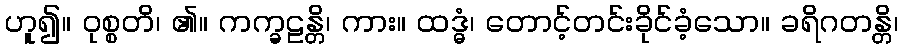
ဟူ၍။ ဝုစ္စတိ၊ ၏။ ကက္ခဠန္တိ၊ ကား။ ထဒ္ဓံ၊ တောင့်တင်းခိုင်ခံ့သော။ ခရိဂတန္တိ၊